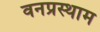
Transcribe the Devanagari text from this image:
वनप्रस्थाम